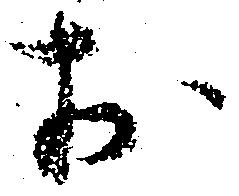
お